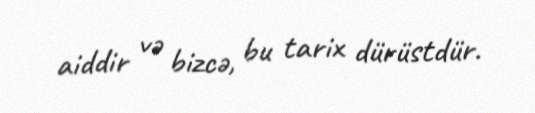
aiddir və bizcə, bu tarix dürüstdür.